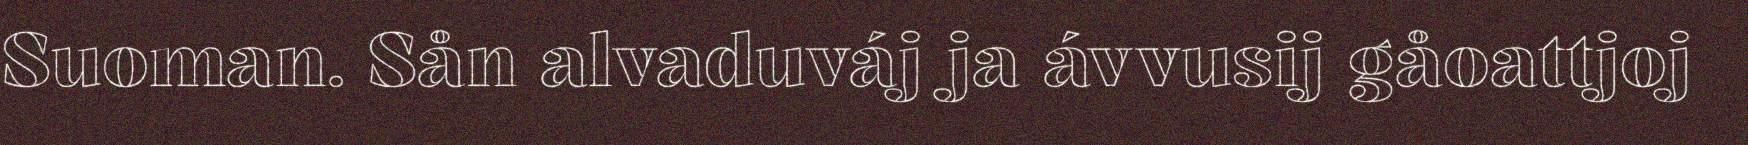
Suoman. Sån alvaduváj ja ávvusij gåoattjoj